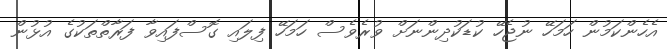
އެހެންކަމުން ހަމަހޭ ނުޖެހޭ ކުޑަކުދިންނަށް ވުރެވެސް ހަމަހޭ ފިލައި ގޮސްފައިވާ ފަރާތްތަކުގެ އުޅުން